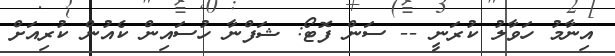
އިނާމު ހަވާލު ކުރަނީ -- ސަން ފޮޓޯ: ޝަފްނާ ހުސައިން ކެއުން ކުރިއަށް